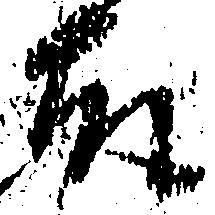
故